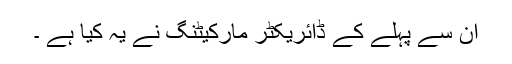
ان سے پہلے کے ڈائریکٹر مارکیٹنگ نے یہ کیا ہے ۔